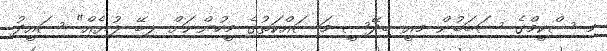
މި ސްކީމްގެ ސަބަބުން މިއީ ބިދޭސީ މަސައްކަތުގެ މީހުންނަށް ލިބޭ ލުޔެއް" ސައީދު